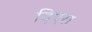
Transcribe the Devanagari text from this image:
दिएरा